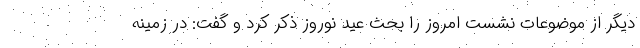
دیگر از موضوعات نشست امروز را بحث عید نوروز ذکر کرد و گفت: در زمینه